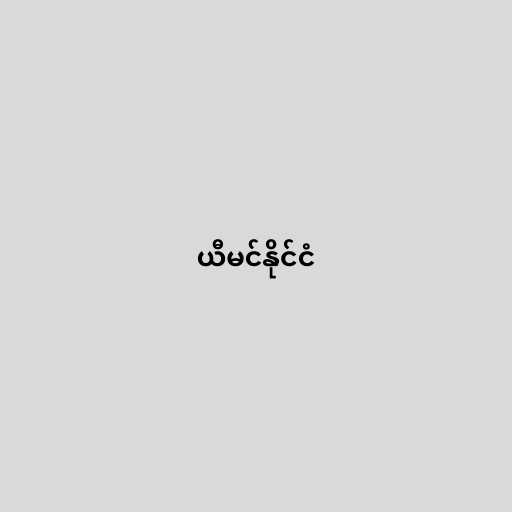
ယီမင်နိုင်ငံ